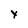
Character: Y